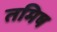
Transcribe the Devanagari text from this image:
तमिष